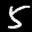
Label: 5